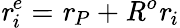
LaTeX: \textbf{\textit{r}}_{i}^{e}=\textbf{\textit{r}}_{P}+\textbf{\textit{R}}^{o}\textbf{\textit{r}}_{i}